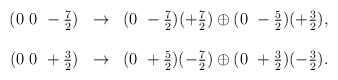
\begin{align*}\begin{array}{ccl}(0~0~-\frac{7}{2}) & \rightarrow & (0~-\frac{7}{2})(+\frac{7}{2}) \oplus(0~-\frac{5}{2})(+\frac{3}{2}), \\\\(0~0~+\frac{3}{2}) & \rightarrow & (0~+\frac{5}{2})(-\frac{7}{2}) \oplus(0~+\frac{3}{2})(-\frac{3}{2}). \\\end{array}\end{align*}